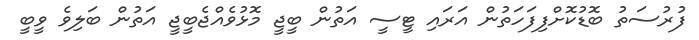
ފުރުސަތު ބޮޑުކޮށްފިފަހަތުން އަރައި ޓީސީ އަތުން ބީޖީ މޮޅުވެއްޖެބީޖީ އަތުން ބަލިވެ ވީބީ